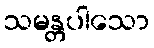
သမန္တပါသော